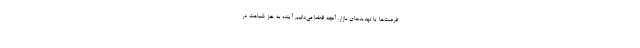
فرصت‌ها یا تهدیدهای بازار. آنچه قطعاً می‌دانیم آینده به جز شباهت در